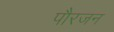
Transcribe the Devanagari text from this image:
पौरजन